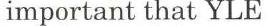
important that YLE